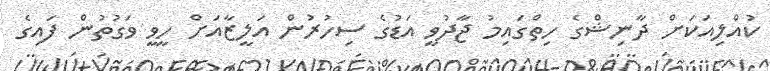
ކުއްލިއަކަށް ދާނިޝްގެ ހިތްގައިމު ޖާދުވީ އަޑުގެ ސިހުރުން އަލީޒާއަށް ހީވީ ވަގުތުން ފައިގެ